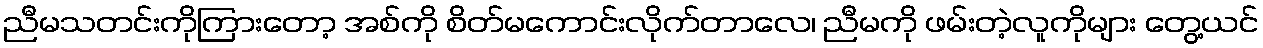
ညီမသတင်းကိုကြားတော့ အစ်ကို စိတ်မကောင်းလိုက်တာလေ၊ ညီမကို ဖမ်းတဲ့လူကိုများ တွေ့ယင်